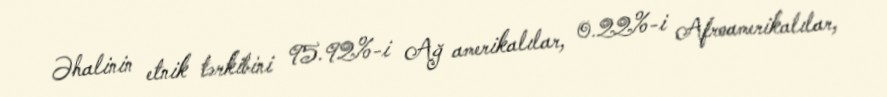
Əhalinin etnik tərkibini 95.92%-i Ağ amerikalılar, 0.22%-i Afroamerikalılar,